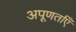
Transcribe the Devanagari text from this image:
अपूणर्ताएँ